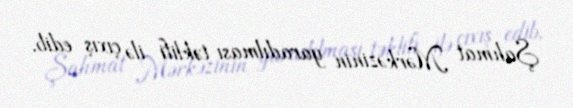
Şahmat Mərkəzinin yaradılması təklifi ilə çıxış edib.